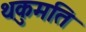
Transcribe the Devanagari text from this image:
थकुमति